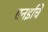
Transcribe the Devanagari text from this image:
एनइचि